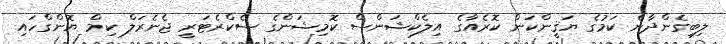
ލިބިގެންދާނެ ކަމުގެ ޔަޤީންކަން ކޮރެއާގެ އިލެކްޝަންސް ކޮމިޝަންގެ ސެކްރެޓަރީ ޖެނެރަލް ކިމް ޔޮންގްހައި